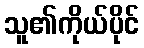
သူ၏ကိုယ်ပိုင်